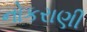
નોકરાણી